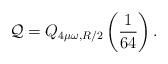
LaTeX: \begin{align*}\mathcal Q= Q_{4\mu\omega,R/2}\left( \frac 1{64}\right).\end{align*}